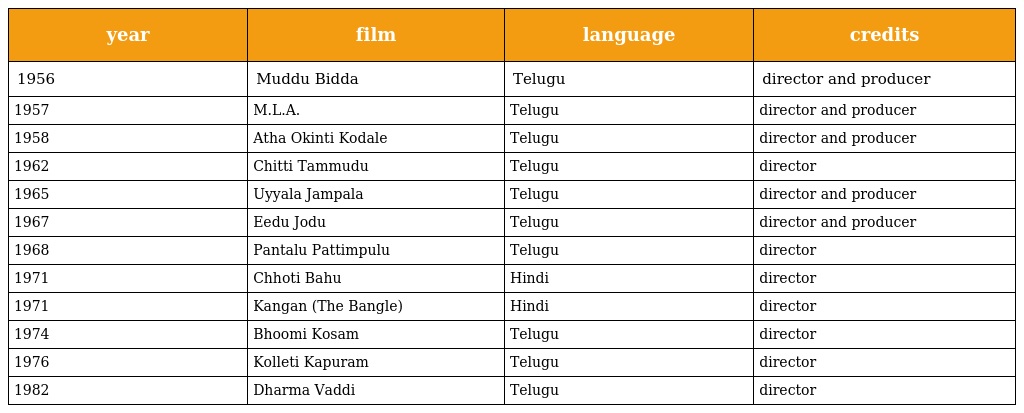
| year | film | language | credits |
 | --- | --- | --- | --- |
 | 1956 | Muddu Bidda | Telugu | director and producer |
 | 1957 | M.L.A. | Telugu | director and producer |
 | 1958 | Atha Okinti Kodale | Telugu | director and producer |
 | 1962 | Chitti Tammudu | Telugu | director |
 | 1965 | Uyyala Jampala | Telugu | director and producer |
 | 1967 | Eedu Jodu | Telugu | director and producer |
 | 1968 | Pantalu Pattimpulu | Telugu | director |
 | 1971 | Chhoti Bahu | Hindi | director |
 | 1971 | Kangan (The Bangle) | Hindi | director |
 | 1974 | Bhoomi Kosam | Telugu | director |
 | 1976 | Kolleti Kapuram | Telugu | director |
 | 1982 | Dharma Vaddi | Telugu | director |